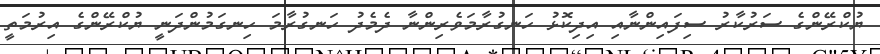
ޔުކްރޭންގެ ސަރުކާރު ސިފައިންނާއި އިދިކޮޅު ހަނގުރާމަވެރިންނާ ދެމެދު ހަނގުރާމަ ހިނގަމުންދަނީ ޔުކްރޭންގެ އިރުމަތީ